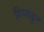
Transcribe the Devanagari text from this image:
मिऱ्यांहून